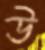
উ